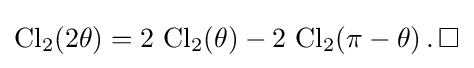
\operatorname {Cl} _{2}(2\theta )=2\,\operatorname {Cl} _{2}(\theta )-2\,\operatorname {Cl} _{2}(\pi -\theta )\,.\,\Box